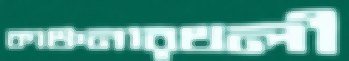
কাঞ্চনারথলী